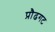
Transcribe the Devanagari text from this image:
प्रौढगट